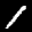
Label: 1